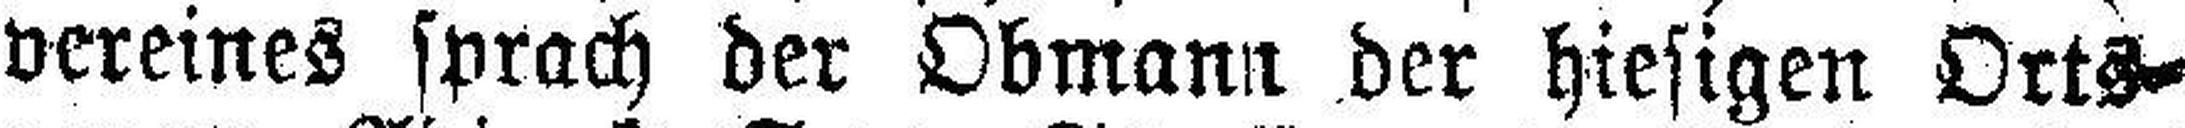
vereines sprach der Obmann der hiesigen Orts¬